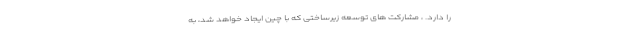
را دارد. ، مشارکت های توسعه زیرساختی که با چین ایجاد خواهد شد، به